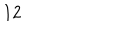
LaTeX: 1 2